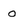
Character: 0